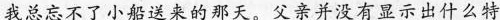
我总忘不了小船送来的那天。父亲并没有显示出什么特